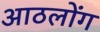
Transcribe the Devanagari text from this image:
आठलोंग